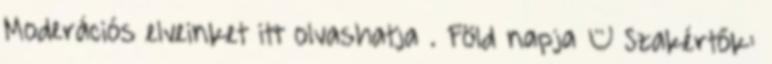
Moderációs elveinket itt olvashatja . Föld napja – Szakértők: